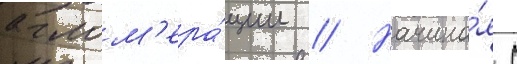
аглом'ера́ции // Начина́я с